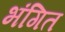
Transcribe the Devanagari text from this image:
भंगित